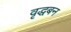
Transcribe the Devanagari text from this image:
वृद्धबन